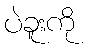
ပဲခူးကို